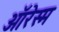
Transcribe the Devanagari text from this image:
ऑरेस्म